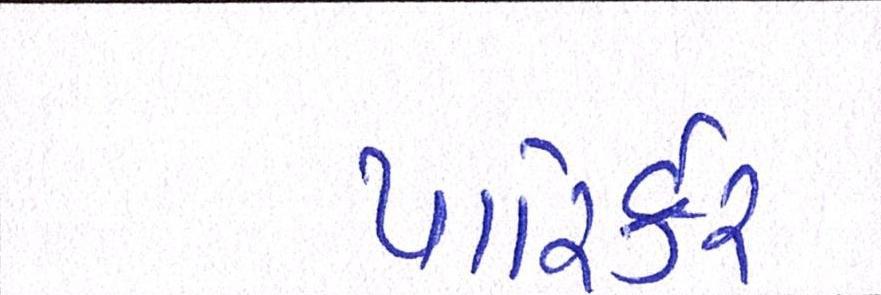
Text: પારિર્કર